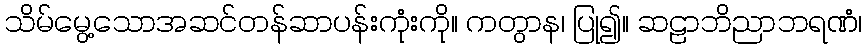
သိမ်မွေ့သောအဆင်တန်ဆာပန်းကုံးကို။ ကတွာန၊ ပြု၍။ ဆဠာဘိညာဘရဏံ၊